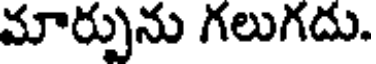
మార్పును గలుగదు.